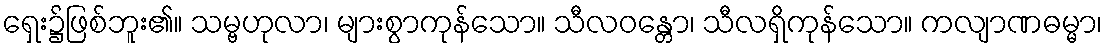
ရှေး၌ဖြစ်ဘူး၏။ သမ္ဗဟုလာ၊ များစွာကုန်သော။ သီလဝန္တော၊ သီလရှိကုန်သော။ ကလျာဏဓမ္မာ၊